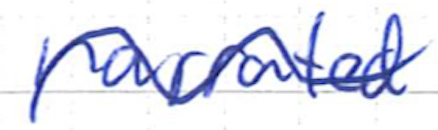
Text: narrated
Cross-out: wave
Writing tool: ballpoint